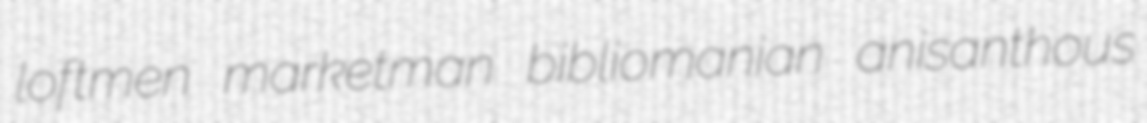
loftmen marketman bibliomanian anisanthous